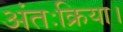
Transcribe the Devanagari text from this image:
अंतःक्रिया।